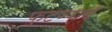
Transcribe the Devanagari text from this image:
फुटण्याचे